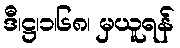
ဒီ၊ဋ္ဌ၊၁၊၆၈၊ မှယူရန်